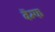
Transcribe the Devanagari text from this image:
बॅम्फ